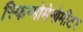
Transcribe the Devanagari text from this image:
स्फिग्मोमेनोमीटर